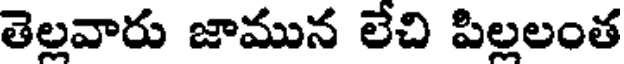
తెల్లవారు జామున లేచి పిల్లలంత